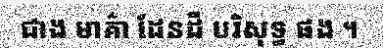
ជាង មាគ៌ា ដែនដី បរិសុទ្ធ ផង ។